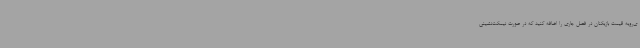
ی‌رویه قیمت بازیکنان در فصل جاری را اضافه کنید که در صورت نیمکت‌نشینی